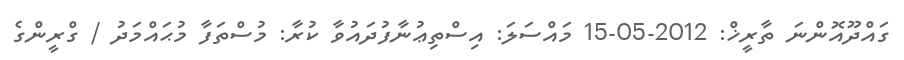
ގައްދޫއޮންނަ ތާރީޚް: 2012-05-15 މައްސަލަ: އިސްތިޢުނާފުދައުވާ ކުރާ: މުސްތަފާ މުޙައްމަދު / ގްރީންގެ